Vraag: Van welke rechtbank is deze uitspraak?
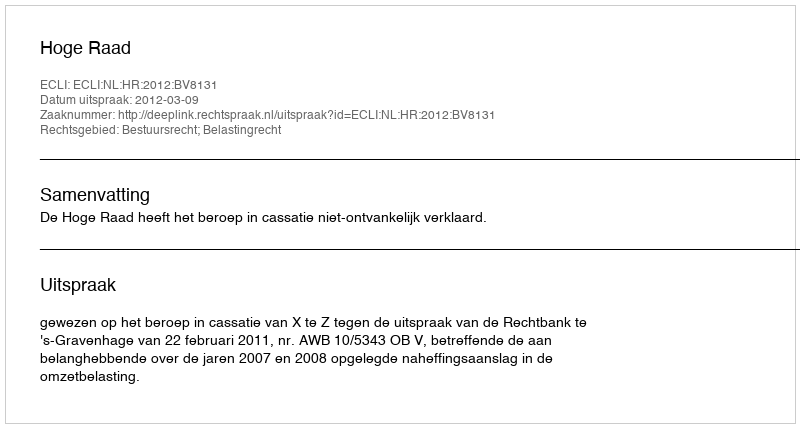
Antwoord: Hoge Raad